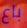
باع